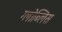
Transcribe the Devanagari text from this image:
ग्लोब्लिस